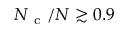
N _ { \mathrm { ~ c ~ } } / N \gtrsim 0 . 9